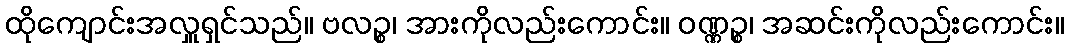
ထိုကျောင်းအလှူရှင်သည်။ ဗလဉ္စ၊ အားကိုလည်းကောင်း။ ဝဏ္ဏဉ္စ၊ အဆင်းကိုလည်းကောင်း။